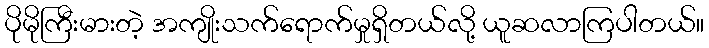
ပိုမိုကြီးမားတဲ့ အကျိုးသက်ရောက်မှုရှိတယ်လို့ ယူဆလာကြပါတယ်။